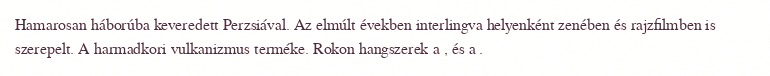
Hamarosan háborúba keveredett Perzsiával. Az elmúlt években interlingva helyenként zenében és rajzfilmben is szerepelt. A harmadkori vulkanizmus terméke. Rokon hangszerek a , és a .